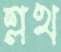
শ্লথ